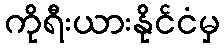
ကိုရီးယားနိုင်ငံမှ